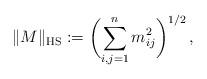
LaTeX: \begin{align*}\|M\|_{\textup{HS}} := \biggl(\sum_{i,j=1}^n m_{ij}^2\biggr)^{1/2}\,,\end{align*}